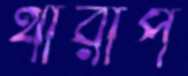
থারাপ